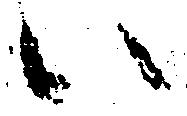
い